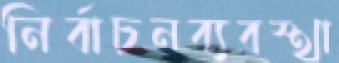
নির্বাচনব্যবস্থা